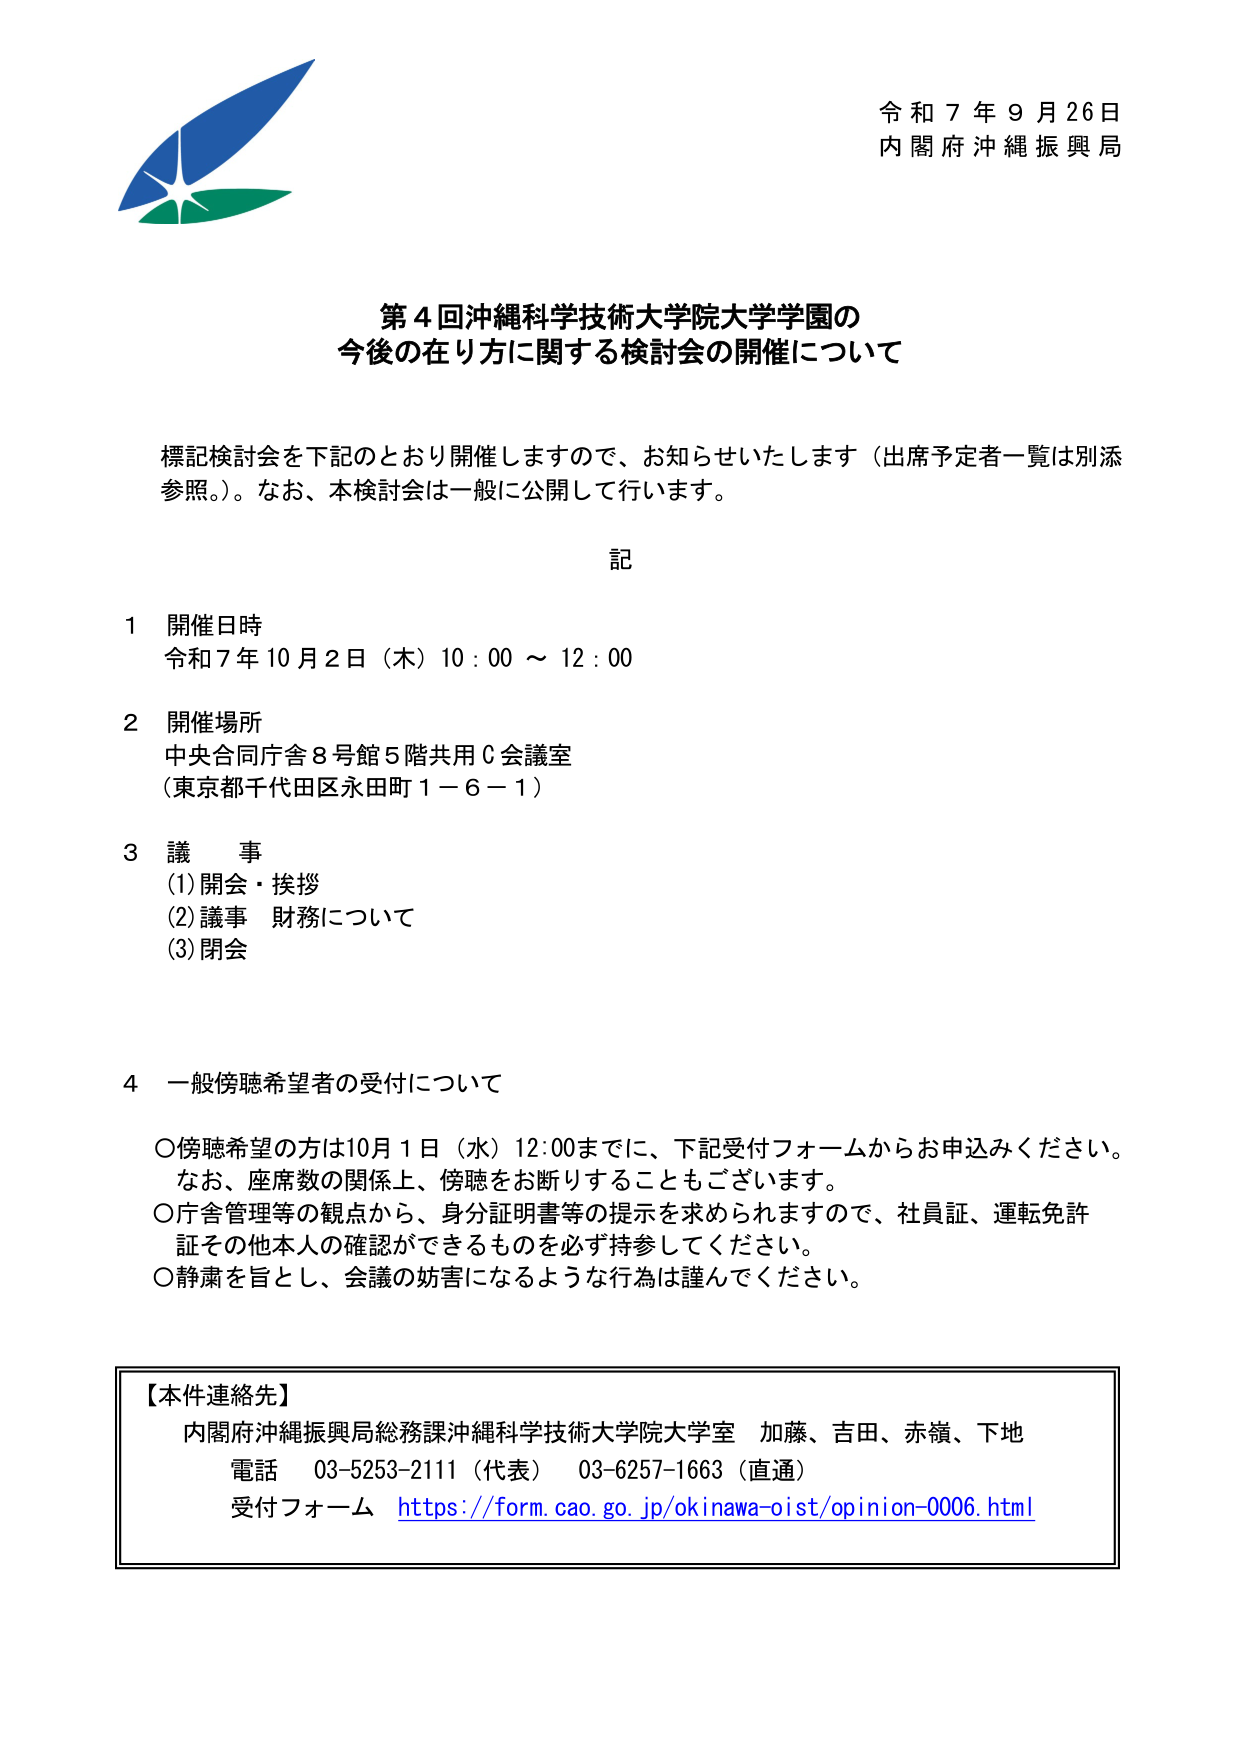
令和７年９月26日
内閣府沖縄振興局

第４回沖縄科学技術大学院大学学園の
今後の在り方に関する検討会の開催について

標記検討会を下記のとおり開催しますので、お知らせいたします（出席予定者一覧は別添参照。）。なお、本検討会は一般に公開して行います。

記

１ 開催日時
令和７年10月2日（木）10：00 ～ 12：00

２ 開催場所
中央合同庁舎８号館５階共用Ｃ会議室
（東京都千代田区永田町１－６－１）

３ 議 事
(1) 開会・挨拶
(2) 議事 財務について
(3) 閉会

４ 一般傍聴希望者の受付について
○傍聴希望の方は10月1日（水）12:00までに、下記受付フォームからお申込みください。
　なお、座席数の関係上、傍聴をお断りすることもございます。
○庁舎管理等の観点から、身分証明書等の提示を求められますので、社員証、運転免許証その他本人の確認ができるものを必ず持参してください。
○静粛を旨とし、会議の妨害になるような行為は謹んでください。

【本件連絡先】
内閣府沖縄振興局総務課沖縄科学技術大学院大学室 加藤、吉田、赤嶺、下地
電話 03-5253-2111（代表） 03-6257-1663（直通）
受付フォーム https://form.cao.go.jp/okinawa-oist/opinion-0006.html